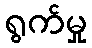
ရွက်မှု